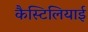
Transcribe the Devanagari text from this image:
कैस्टिलियाई